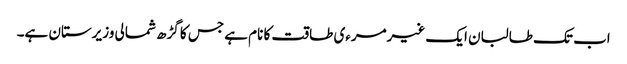
اب تک طالبان ایک غیرمرءی طاقت کا نام ہے جس کا گڑھ شمالی وزیرستان ہے۔